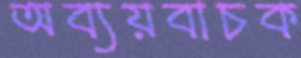
অব্যয়বাচক